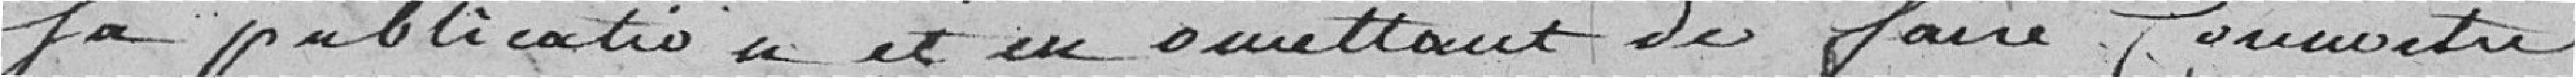
sa publication et en soumettant de faire Connaitre